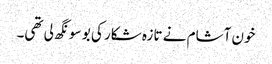
خون آشام نے تازہ شکار کی بو سونگھ لی تھی۔